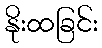
နိုးထခြင်း